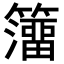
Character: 𥶅